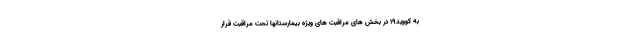
به کووید۱۹ در بخش های مراقبت های ویژه بیمارستانها تحت مراقبت قرار